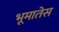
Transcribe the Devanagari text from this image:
भूमातेस